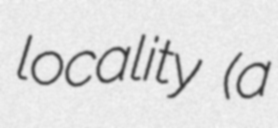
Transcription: locality (a